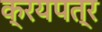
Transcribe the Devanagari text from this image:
क्रयपत्र